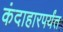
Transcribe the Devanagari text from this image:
कंदाहारपर्यंत